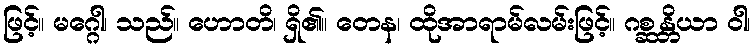
ဖြင့်။ မဂ္ဂေါ၊ သည်။ ဟောတိ၊ ရှိ၏။ တေန၊ ထိုအာရာမ်လမ်းဖြင့်။ ဂစ္ဆန္တိယာ ဝါ၊